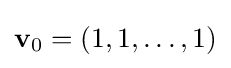
{\textstyle \mathbf {v} _{0}=(1,1,\dots ,1)}